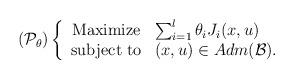
LaTeX: \begin{align*}(\mathcal{P}_\theta)\left\{\begin{array}{cl}{\rm Maximize} & \sum_{i=1}^{l} \theta_i J_i(x,u) \\{\rm subject \; to} & (x,u)\in Adm({\mathcal B}).\end{array}\right.\end{align*}